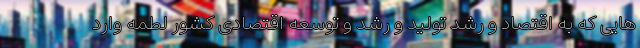
هایی که به اقتصاد و رشد تولید و رشد و توسعه اقتصادی کشور لطمه وارد